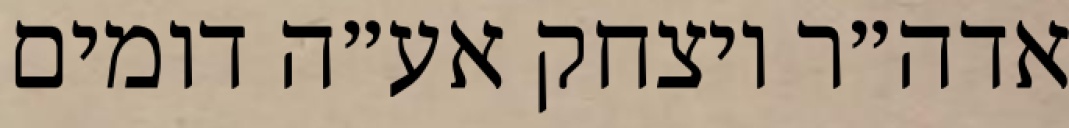
אדה״ר ויצחק אע״ה דומים